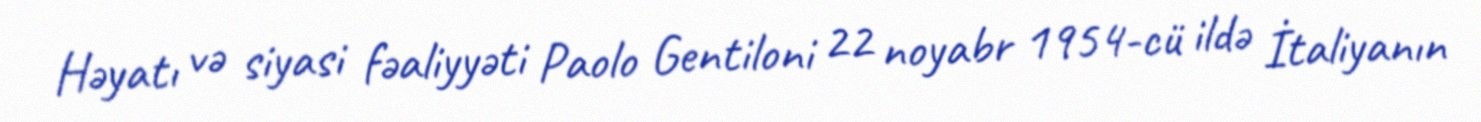
Həyatı və siyasi fəaliyyəti Paolo Gentiloni 22 noyabr 1954-cü ildə İtaliyanın